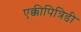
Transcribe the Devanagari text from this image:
एक्कीपित्रिडी